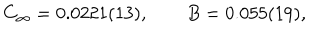
C _ { \infty } = 0 . 0 2 2 1 ( 1 3 ) , \qquad B = 0 . 0 5 5 ( 1 9 ) ,